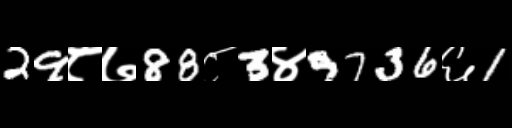
Text: 29८७88८3४9736६1